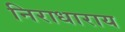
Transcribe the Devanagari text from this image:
निराधाराय